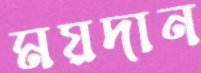
ময়দান